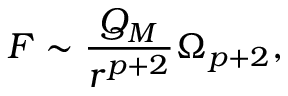
F \sim { \frac { Q _ { M } } { r ^ { p + 2 } } } \Omega _ { p + 2 } ,